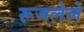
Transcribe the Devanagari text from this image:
रूजलेले